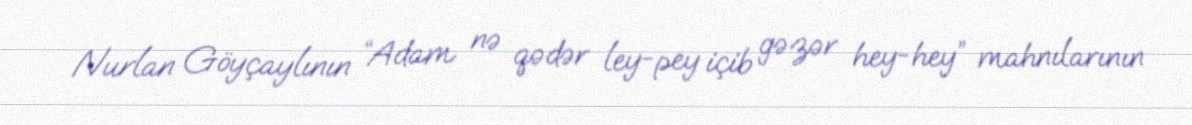
Nurlan Göyçaylının “Adam nə qədər ley-pey içib gəzər hey-hey” mahnılarının